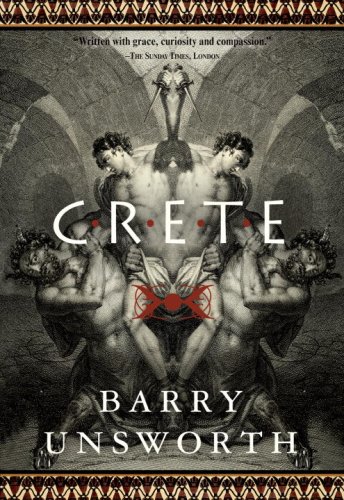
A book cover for Crete (Literary Travel); Barry Unsworth; Travel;